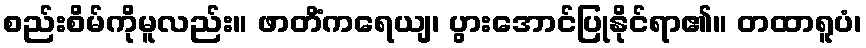
စည်းစိမ်ကိုမူလည်း။ ဖာတိံကရေယျ၊ ပွားအောင်ပြုနိုင်ရာ၏။ တထာရူပံ၊